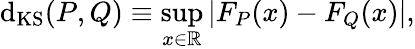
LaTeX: \mathrm{d}_{\mathrm{{KS}}}(P,Q)\equiv\operatorname*{sup}_{x\in\mathbb{{R}}}\left|F_{P}(x)-F_{Q}(x)\right|,